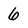
Character: 6